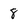
Character: 8